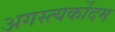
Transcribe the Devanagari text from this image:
अगस्त्यर्कोदम